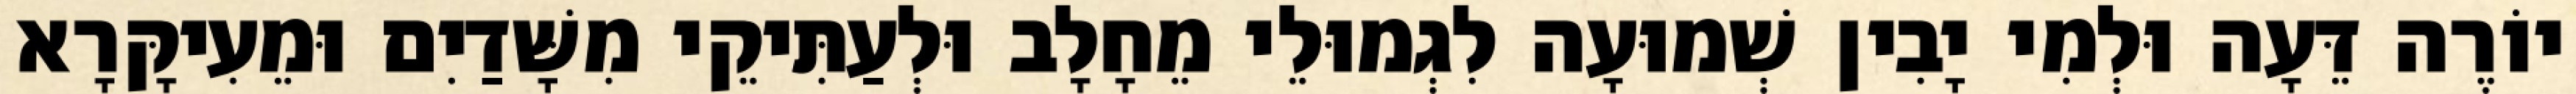
יוֹרֶה דֵּעָה וּלְמִי יָבִין שְׁמוּעָה לִגְמוּלֵי מֵחָלָב וּלְעַתִּיקֵי מִשָּׁדַיִם וּמֵעִיקָּרָא